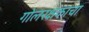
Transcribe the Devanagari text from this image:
गोलरक्षकाचा